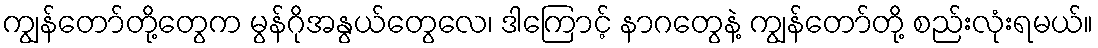
ကျွန်တော်တို့တွေက မွန်ဂိုအနွယ်တွေလေ၊ ဒါကြောင့် နာဂတွေနဲ့ ကျွန်တော်တို့ စည်းလုံးရမယ်။